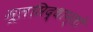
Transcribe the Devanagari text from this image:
मूलसिद्धान्‍तों